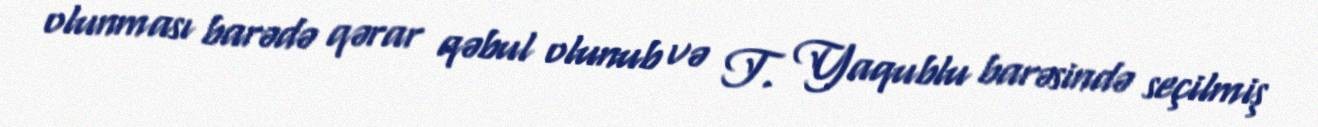
olunması barədə qərar qəbul olunub və T. Yaqublu barəsində seçilmiş